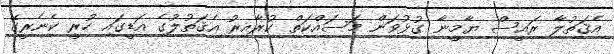
އެޤަތުލާ ރައީސް ޔާމީނާ ގުޅުވަން މަސައްކަތް ކުރާއިރު އެޤަތުލުގެ އަޑީގައި ހުރީ ކެނެރީގޭ